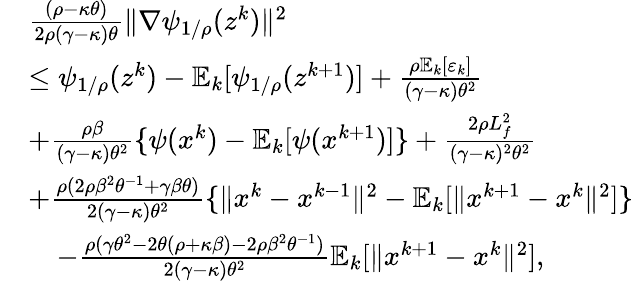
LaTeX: \begin{array}{rl}&{\frac{(\rho-\kappa\theta)}{2\rho(\gamma-\kappa)\theta}\| \nabla\psi_{1/\rho}(z^{k})\| ^{2}}\\ &{\leq\psi_{1/\rho}(z^{k})-\mathbb{E}_{k}[\psi_{1/\rho}(z^{k+1})]+\frac{\rho\mathbb{E}_{k}[\varepsilon_{k}]}{(\gamma-\kappa)\theta^{2}}}\\ &{+\frac{\rho\beta}{(\gamma-\kappa)\theta^{2}}\{ \psi(x^{k})-\mathbb{E}_{k}[\psi(x^{k+1})]\} +\frac{2\rho L_{f}^{2}}{(\gamma-\kappa)^{2}\theta^{2}}}\\ &{+\frac{\rho(2\rho\beta^{2}\theta^{-1}+\gamma\beta\theta)}{2(\gamma-\kappa)\theta^{2}}\{ \| x^{k}-x^{k-1}\| ^{2}-\mathbb{E}_{k}[\| x^{k+1}-x^{k}\| ^{2}]\} }\\ &{\quad-\frac{\rho(\gamma\theta^{2}-2\theta(\rho+\kappa\beta)-2\rho\beta^{2}\theta^{-1})}{2(\gamma-\kappa)\theta^{2}}\mathbb{E}_{k}[\| x^{k+1}-x^{k}\| ^{2}],}\end{array}